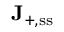
\mathbf { J } _ { + , \ensuremath { \mathrm { s s } } }